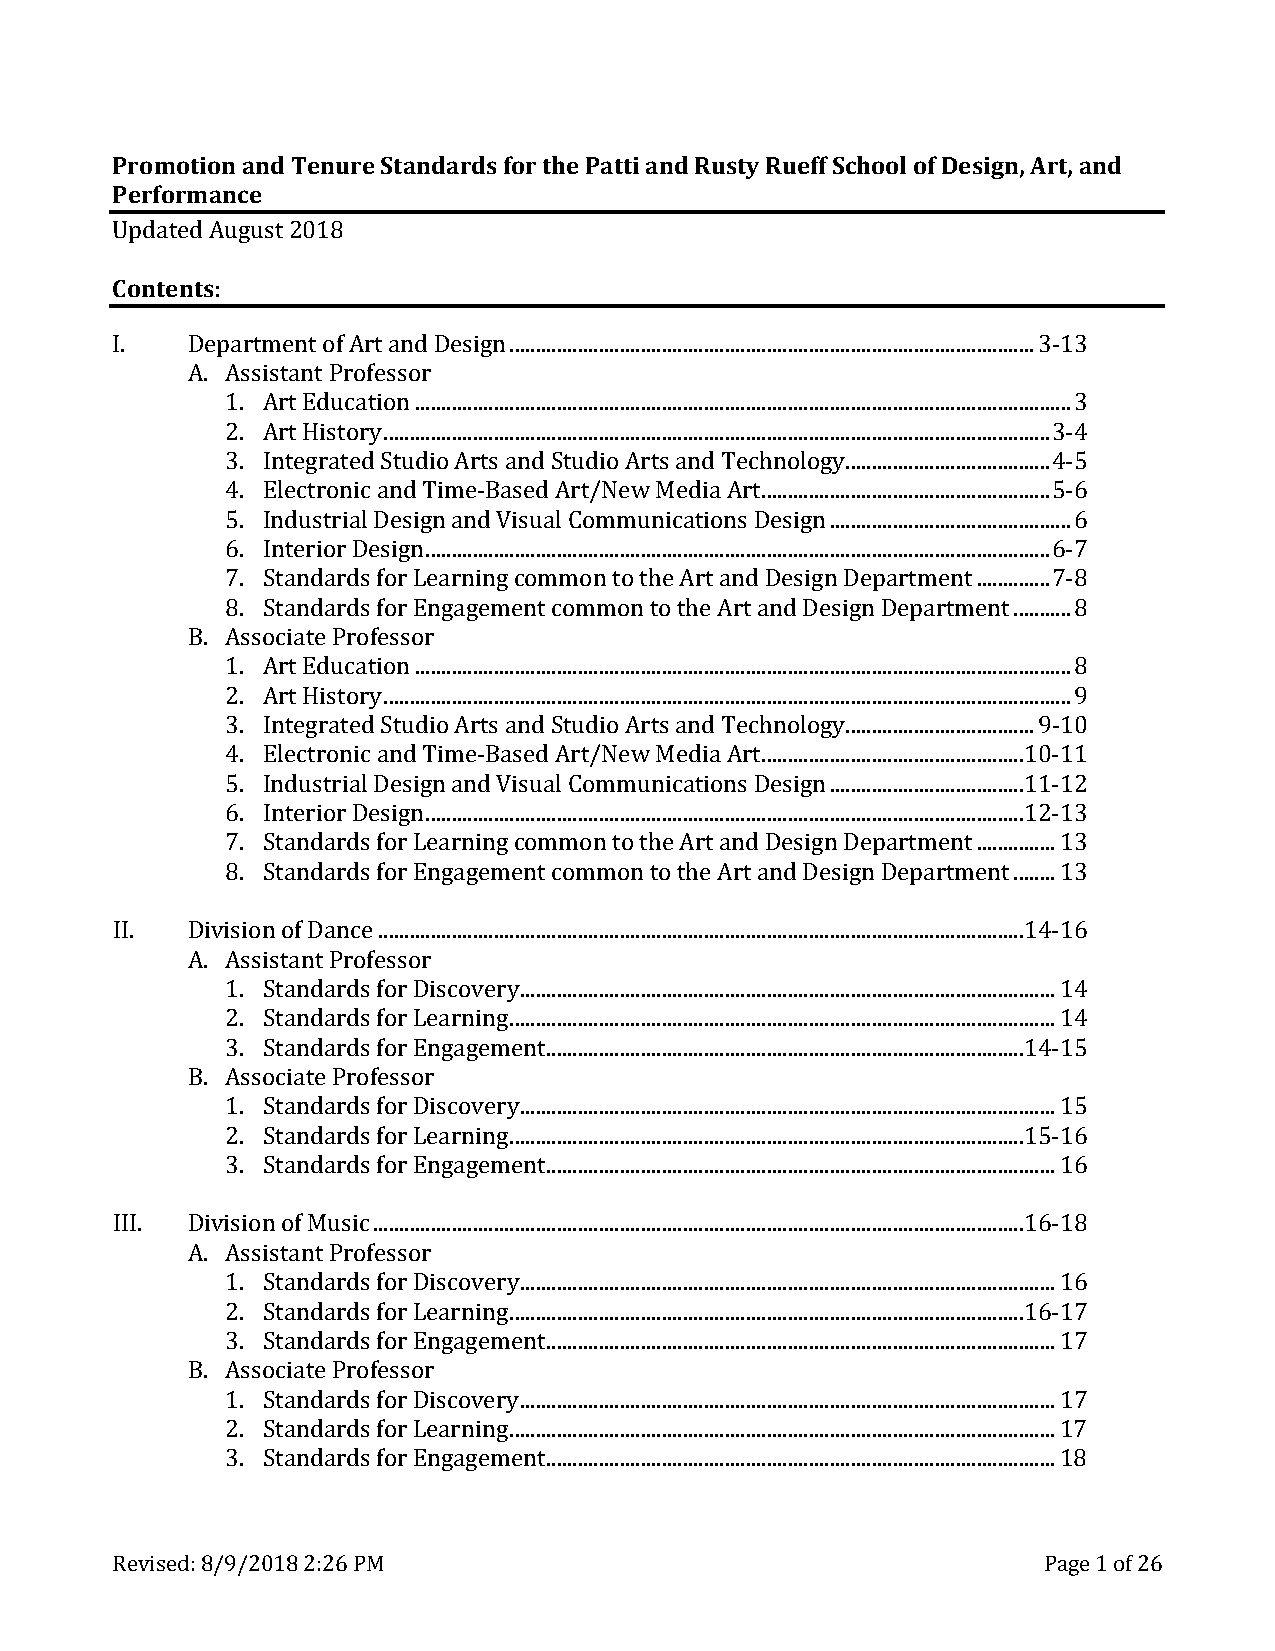
Promotion and Tenure Standards for the Patti and Rusty Rueff School of Design, Art, and
 Performance
 UCopndtaetendts August 2018
 :
 I.   Depar tment of Art and Design .................................................................................................... 3-13
 A. As sistant Professor
 1. Art Education ............................................................................................................................. 3
 2. Art History ............................................................................................................................... 3-4
 3. Integrated Studio Arts and Studio Arts and Technology ....................................... 4-5
 4. Electronic and Time-Based Art/New Media Art ....................................................... 5-6
 5. Industrial Design and Visual Communications Design .............................................. 6
 6. Interior Design ....................................................................................................................... 6-7
 7. Standards for Learning common to the Art and Design Department .............. 7-8
 8. Standards for Engagement common to the Art and Design Department ........... 8
 B. As sociate Professor
 1. Art Education ............................................................................................................................. 8
 2. Art History ................................................................................................................................... 9
 3. Integrated Studio Arts and Studio Arts and Technology .................................... 9-10
 4. Electronic and Time-Based Art/New Media Art ..................................................10-11
 5. Industrial Design and Visual Communications Design .....................................11-12
 6. Interior Design ..................................................................................................................12-13
 7. Standards for Learning common to the Art and Design Department ............... 13
 8. Standards for Engagement common to the Art and Design Department ........ 13
 II.  Divisi on of Dance ...........................................................................................................................14-16
 A. As sistant Professor
 1. Standards for Discovery ...................................................................................................... 14
 2. Standards for Learning ........................................................................................................ 14
 3. Standards for Engagement ...........................................................................................14-15
 B. As sociate Professor
 1. Standards for Discovery ...................................................................................................... 15
 2. Standards for Learning ..................................................................................................15-16
 3. Standards for Engagement ................................................................................................. 16
 III. Divisi on of Music ............................................................................................................................16-18
 A. As sistant Professor
 1. Standards for Discovery ...................................................................................................... 16
 2. Standards for Learning ..................................................................................................16-17
 3. Standards for Engagement ................................................................................................. 17
 B. As sociate Professor
 1. Standards for Discovery ...................................................................................................... 17
 2. Standards for Learning ........................................................................................................ 17
 3. Standards for Engagement ................................................................................................. 18
 Revised: 8/9/2018 2:26 PM                                     Page 1 of 26